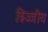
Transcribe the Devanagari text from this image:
त्रिज्जीय